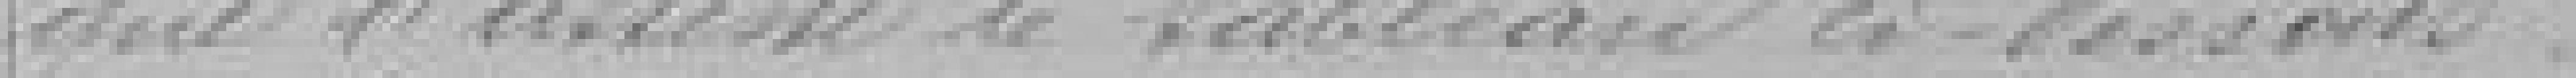
que l'atteste le tableau ci-dessous.